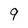
Character: 9